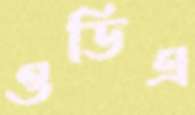
ওডিএ